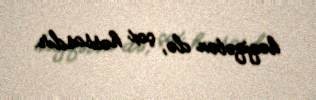
həqiqətən də, çox həssasdır.